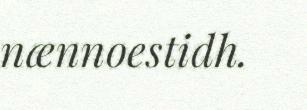
nænnoestidh.